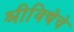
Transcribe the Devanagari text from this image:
श्रीविद्येचे